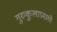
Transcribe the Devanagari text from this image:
गुरुकुलाप्रमाणे